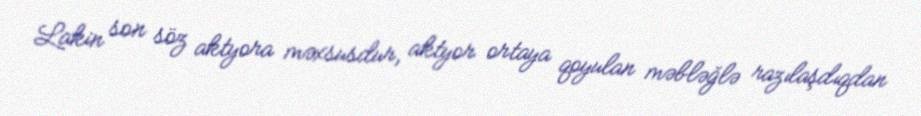
Lakin son söz aktyora məxsusdur, aktyor ortaya qoyulan məbləğlə razılaşdıqdan